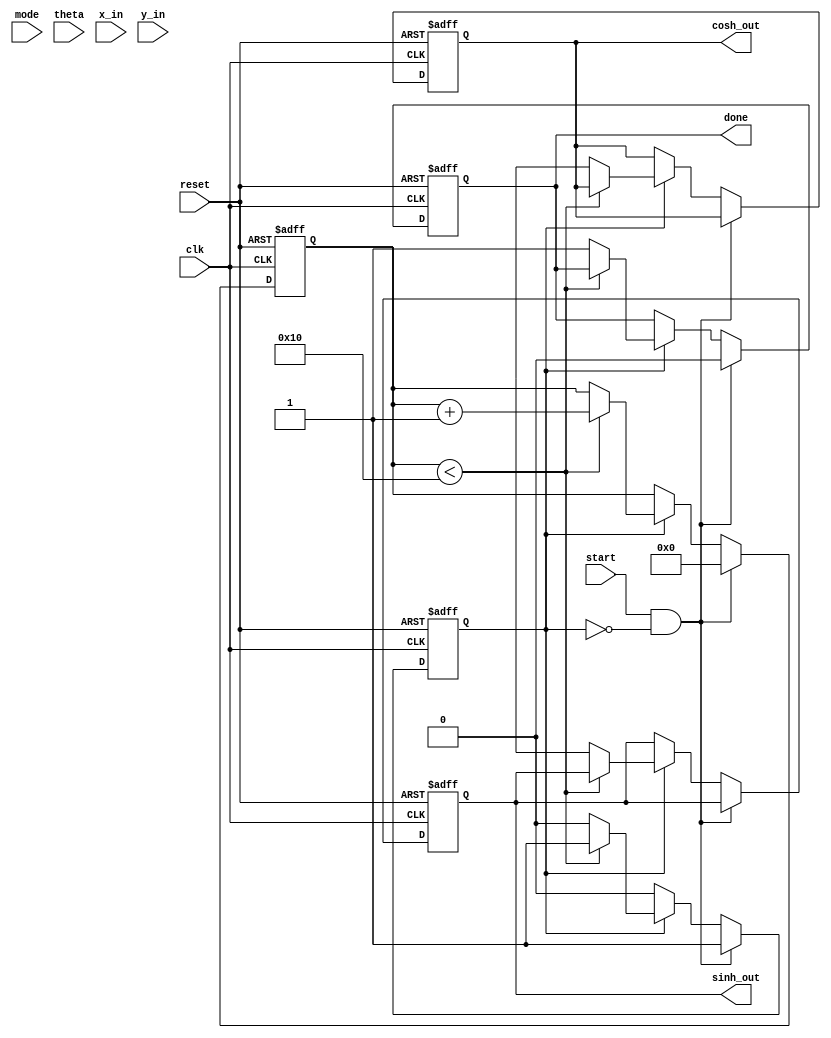
module hyperbolic_cordic (
    input wire clk,
    input wire reset,
    input wire start,
    input wire mode, // 0 for hyperbolic, 1 for circular
    input wire [15:0] theta, // Hyperbolic angle input
    input wire [15:0] x_in, // Initial x value
    input wire [15:0] y_in, // Initial y value
    output reg [15:0] sinh_out, // Output for sinh
    output reg [15:0] cosh_out, // Output for cosh
    output reg done // Signal indicating completion
);

    parameter N = 16; // Number of iterations
    reg [15:0] x[N-1:0]; // x values
    reg [15:0] y[N-1:0]; // y values
    reg [15:0] angle_table [0:N-1]; // Angle table for CORDIC
    reg [3:0] counter; // Iteration counter
    reg running; // To indicate if computation is in progress

    // Initialize the angle table with arctanh values
    initial begin
        angle_table[0] = 16'h0000; // arctanh(1)
        angle_table[1] = 16'h0002; // arctanh(1/3)
        angle_table[2] = 16'h0004; // arctanh(1/5)
        // Populate with other arctanh values as needed...
    end

    always @(posedge clk or posedge reset) begin
        if (reset) begin
            counter <= 0;
            running <= 0;
            sinh_out <= 0;
            cosh_out <= 0;
            done <= 0;
        end else if (start && !running) begin
            // Load initial values
            x[0] <= x_in;
            y[0] <= y_in;
            counter <= 0;
            running <= 1;
            done <= 0;
        end else if (running) begin
            // CORDIC iterations
            if (counter < N) begin
                if (y[counter] < 0) begin
                    // Perform CORDIC rotation (shift and subtract)
                    x[counter + 1] <= x[counter] - (y[counter] >>> counter);
                    y[counter + 1] <= y[counter] + (x[counter] >>> counter);
                end else begin
                    // Perform CORDIC rotation (shift and add)
                    x[counter + 1] <= x[counter] + (y[counter] >>> counter);
                    y[counter + 1] <= y[counter] - (x[counter] >>> counter);
                end

                counter <= counter + 1;
            end else begin
                // Final output assignment
                sinh_out <= y[N];
                cosh_out <= x[N];
                done <= 1;
                running <= 0;
            end
        end
    end

endmodule